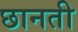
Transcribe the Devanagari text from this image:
छानती